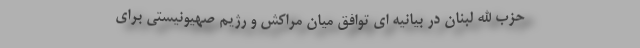
حزب الله لبنان در بیانیه ای توافق میان مراکش و رژیم صهیونیستی برای